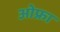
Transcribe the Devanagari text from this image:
ओफ्रा